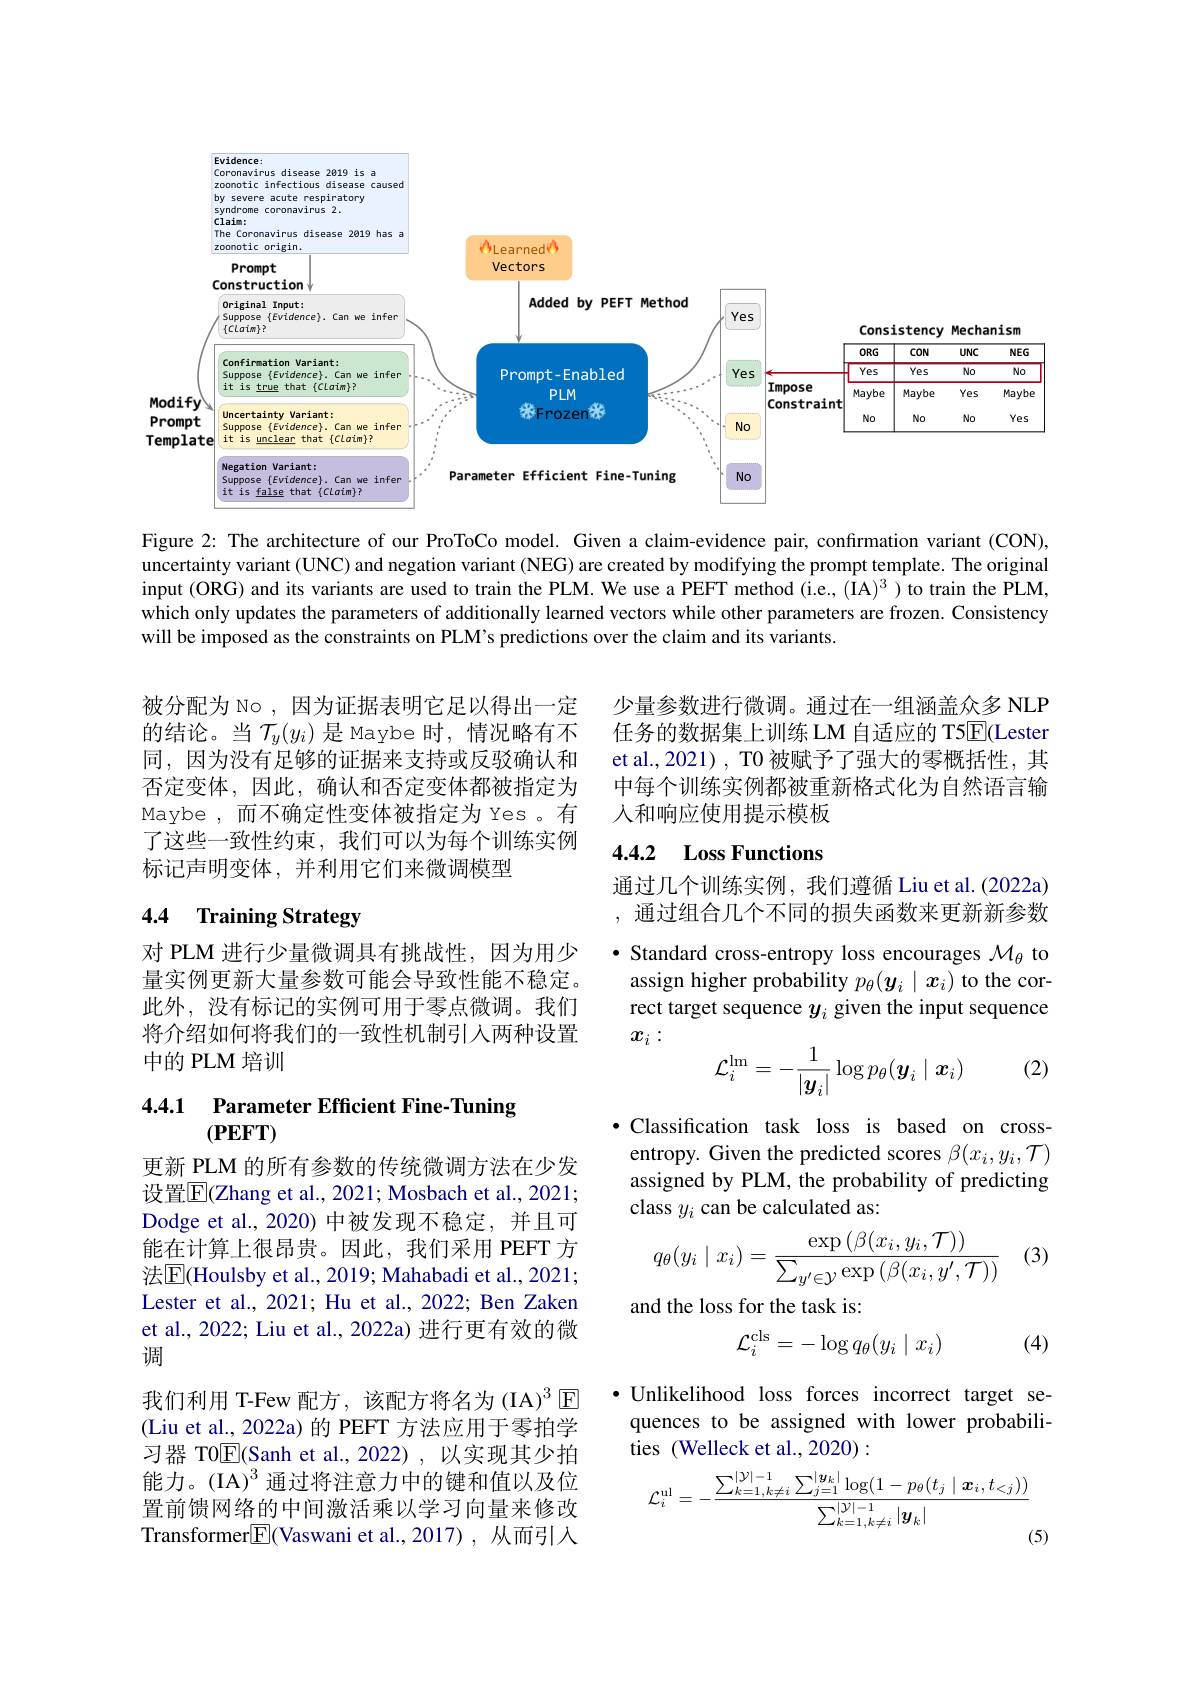
Evidence

<FigureHere>

Coronavirus disease 2819 is a

Figure 2: The architecture of our ProToCo model. Given a claim-evidence pair, confirmation variant (CON), uncertainty variant (UNC) and negation variant (NEG) are created by modifying the prompt template. The original input (ORG) and its variants are used to train the PLM. We use a PEFT method (i.e, (ÎA)$^3$ )to train the PLM, which only updates the parameters of additionally learned vectors while other parameters are frozen. Consistency will be imposed as the constraints on PLM's predictions over the claim and its variants.

少量参数进行微调。通过在一组涵盖众多 NLP 任务的数据集上训练 LM 自适应的 T5$\boxed{\mathrm{F}}($Lester et al.,2021), T0 被赋予了强大的零概括性，其中每个训练实例都被重新格式化为自然语言输人和响应使用提示模板

被分配为 No ,因为证据表明它足以得出一定的结论。当$\mathcal{T}_y(y_i)$是 Maybe 时，情况略有不同，因为没有足够的证据来支持或反驳确认和否定变体，因此，确认和否定变体都被指定为Maybe ,而不确定性变体被指定为 Yes 。有了这些一致性约束，我们可以为每个训练实例标记声明变体，并利用它们来微调模型

### 4.4.2 Loss Functions

# 4.4 Training Strategy

通过几个训练实例，我们遵循 Liu et al. (2022a) ,通过组合几个不同的损失函数来更新新参数· Standard cross-entropy loss encourages $\mathcal{M}_\theta$ to assign higher probability $p_\theta(y_i\mid x_i)$ to the correct target sequence $y_i$ given the input sequence $x_i:$

对 PLM 进行少量微调具有挑战性，因为用少量实例更新大量参数可能会导致性能不稳定。此外，没有标记的实例可用于零点微调。我们将介绍如何将我们的一致性机制引入两种设置中的 PLM 培训

(2)
$$\mathcal{L}_i^\mathrm{lm}=-\frac{1}{|\boldsymbol{y}_i|}\log p_\theta(\boldsymbol{y}_i\mid\boldsymbol{x}_i)$$
# 4.4.1 $\underset {{\mathrm{OEFT}}}{\operatorname* { \operatorname* { \operatorname* { Parameter Efficient Fine- Tuning} } } }$

$\bullet$Classification task loss is based on crossentropy. Given the predicted scores $\beta(x_i,y_i,\mathcal{T})$ assigned by PLM, the probability of predicting class $y_i$ can be calculated as:

(3)
$$q_\theta(y_i\mid x_i)=\frac{\exp\left(\beta(x_i,y_i,\mathcal{T})\right)}{\sum_{y'\in\mathcal{Y}}\exp\left(\beta(x_i,y',\mathcal{T})\right)}$$
and the loss for the task is:
$$\mathcal{L}_i^{\mathrm{cls}}=-\log q_\theta(y_i\mid x_i)$$
(4)

更新 PLM 的所有参数的传统微调方法在少发设置$\overline{\mathrm{E}}$(Zhang et al., 2021; Mosbach et al., 2021; Dodge et al., 2020) 中被发现不稳定，并且可能在计算上很昂贵。因此，我们采用 PEFT 方法$\boxed{\mathrm{E}}($Houlsby et al., 2019; Mahabadi et al., 2021; Lester et al., 2021; Hu et al., 2022; Ben Zaken et al., 2022; Liu et al., 2022a) 进行更有效的微调
我们利用 T-Few 配方，该配方将名为(IA)$^{3}$E (Liu et al., 2022a) 的 PEFT 方法应用于零拍学习器 T0$\overline{\mathrm{E}}($Sanh et al.,2022),以实现其少拍能力。(IA)$^3$通过将注意力中的键和值以及位置前馈网络的中间激活乘以学习向量来修改Transformer$\boxed{\mathrm{E}}($Vaswani et al.,2017),从而引入

$\bullet$ Unlikelihood loss forces incorrect target sequences to be assigned with lower probabilities (Welleck et al., 2020):
$$\mathcal{L}_i^{\mathrm{ul}}=-\frac{\sum_{k=1,k\neq i}^{|\mathcal{Y}|-1}\sum_{j=1}^{|\boldsymbol{y}_k|}\log(1-p_\theta(t_j\mid\boldsymbol{x}_i,t_{<j}))}{\sum_{k=1,k\neq i}^{|\mathcal{Y}|-1}|\boldsymbol{y}_k|}$$